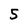
Character: 5